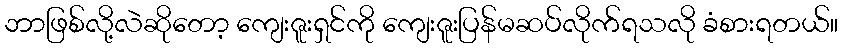
ဘာဖြစ်လို့လဲဆိုတော့ ကျေးဇူးရှင်ကို ကျေးဇူးပြန်မဆပ်လိုက်ရသလို ခံစားရတယ်။